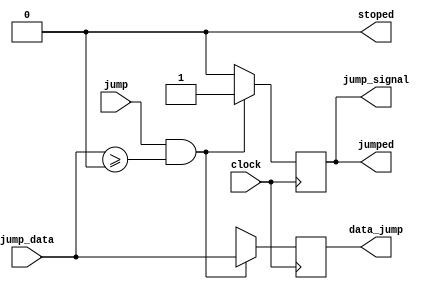




module jump_control(clock, jump, jump_data, jump_signal, data_jump, jumped, stoped);

input clock;
input jump;
input [7:0]jump_data;

output reg jump_signal;
output reg [7:0]data_jump;
output reg jumped;
output reg stoped;

initial jump_signal = 0;
initial jumped = 0;
initial data_jump = 8'b1xxxxxxx;
initial stoped = 0;

always @(negedge clock) begin

	if(jump == 1)
		stoped = 1;
	if(jump == 1 && jump_data >=0) begin
		jump_signal = 1;
		data_jump = jump_data;
		jumped = 1;
		stoped = 0;
	end 
	else begin
		jump_signal = 0;
		data_jump = 8'b1xxxxxxx;
		jumped = 0;
		stoped = 0;
	end


end




endmodule